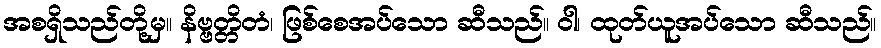
အစရှိသည်တို့မှ။ နိဗ္ဗတ္တိတံ၊ ဖြစ်စေအပ်သော ဆီသည်။ ဝါ၊ ထုတ်ယူအပ်သော ဆီသည်။